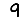
Digit: 9